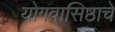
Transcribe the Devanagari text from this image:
योगवासिष्ठाचे